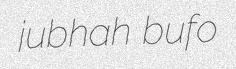
jubhah bufo